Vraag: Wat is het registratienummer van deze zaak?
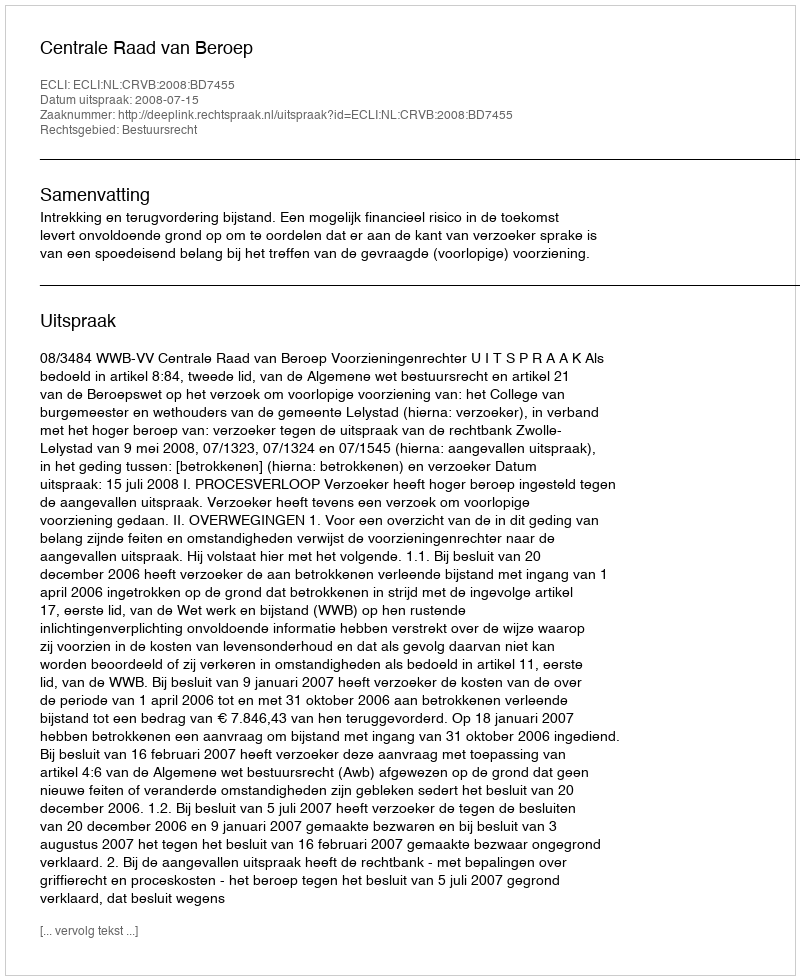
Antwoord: http://deeplink.rechtspraak.nl/uitspraak?id=ECLI:NL:CRVB:2008:BD7455